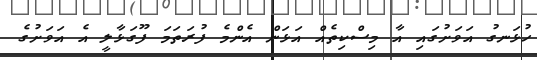
ހުޅަނގު އަވަށުގައި އާ މިސްކިތެއް އަޅަން އެންމެ ފުރަތަމަ ފޫގަޅާލީ އެ އަވަށުގެ